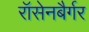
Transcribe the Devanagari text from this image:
रॉसेनबैर्गर